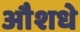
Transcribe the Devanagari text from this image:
औशधे